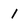
Character: 1